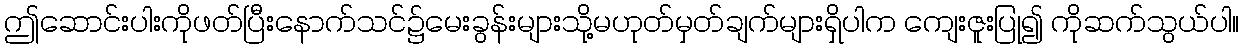
ဤဆောင်းပါးကိုဖတ်ပြီးနောက်သင်၌မေးခွန်းများသို့မဟုတ်မှတ်ချက်များရှိပါက ကျေးဇူးပြု၍ ကိုဆက်သွယ်ပါ။